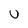
Character: U